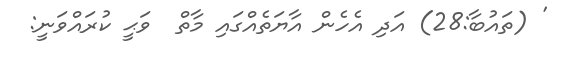
' (ތައުބާ:28) އަދި އެހެން އާޔަތެއްގައި މާތް  ވަޙީ ކުރައްވަނީ: